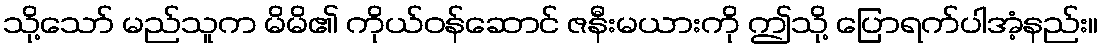
သို့သော် မည်သူက မိမိ၏ ကိုယ်ဝန်ဆောင် ဇနီးမယားကို ဤသို့ ပြောရက်ပါအံ့နည်း။